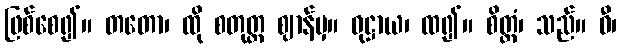
ဖြစ်စေ၍။ တတော၊ ထို စတုတ္ထ ဈာန်မှ။ ဝုဋ္ဌာယ၊ ထ၍။ စိတ္တံ၊ သည်။ ဓီ၊